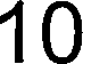
10